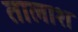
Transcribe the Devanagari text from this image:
तालाश